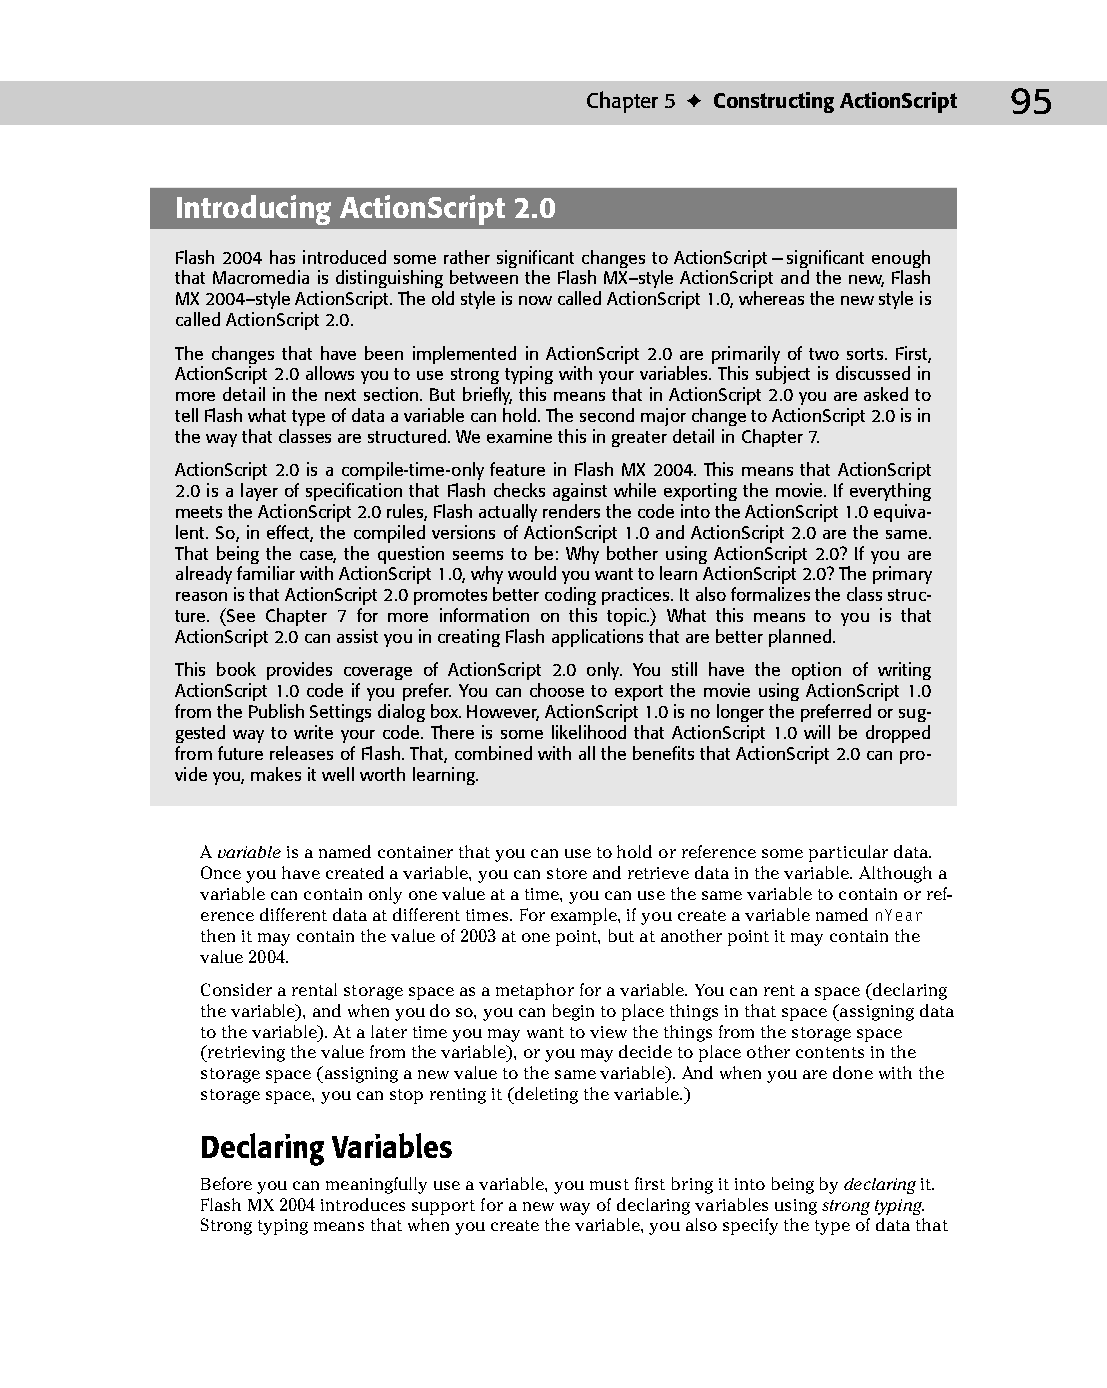
08 543547 ch05.qxd 3/24/04 3:50 PM Page 95
 Chapter 5 ✦ Constructing ActionScript 95
 Introducing ActionScript 2.0
 Flash 2004 has introduced some rather significant changes to ActionScript — significant enough
 that Macromedia is distinguishing between the Flash MX–style ActionScript and the new, Flash
 MX 2004–style ActionScript. The old style is now called ActionScript 1.0, whereas the new style is
 called ActionScript 2.0.
 The changes that have been implemented in ActionScript 2.0 are primarily of two sorts. First,
 ActionScript 2.0 allows you to use strong typing with your variables. This subject is discussed in
 more detail in the next section. But briefly, this means that in ActionScript 2.0 you are asked to
 tell Flash what type of data a variable can hold. The second major change to ActionScript 2.0 is in
 the way that classes are structured. We examine this in greater detail in Chapter 7.
 ActionScript 2.0 is a compile-time-only feature in Flash MX 2004. This means that ActionScript
 2.0 is a layer of specification that Flash checks against while exporting the movie. If everything
 meets the ActionScript 2.0 rules, Flash actually renders the code into the ActionScript 1.0 equiva­
 lent. So, in effect, the compiled versions of ActionScript 1.0 and ActionScript 2.0 are the same.
 That being the case, the question seems to be: Why bother using ActionScript 2.0? If you are
 already familiar with ActionScript 1.0, why would you want to learn ActionScript 2.0? The primary
 reason is that ActionScript 2.0 promotes better coding practices. It also formalizes the class struc­
 ture. (See Chapter 7 for more information on this topic.) What this means to you is that
 ActionScript 2.0 can assist you in creating Flash applications that are better planned.
 This book provides coverage of ActionScript 2.0 only. You still have the option of writing
 ActionScript 1.0 code if you prefer. You can choose to export the movie using ActionScript 1.0
 from the Publish Settings dialog box. However, ActionScript 1.0 is no longer the preferred or sug­
 gested way to write your code. There is some likelihood that ActionScript 1.0 will be dropped
 from future releases of Flash. That, combined with all the benefits that ActionScript 2.0 can pro­
 vide you, makes it well worth learning.
 A variable is a named container that you can use to hold or reference some particular data.
 Once you have created a variable, you can store and retrieve data in the variable. Although a
 variable can contain only one value at a time, you can use the same variable to contain or ref­
 erence different data at different times. For example, if you create a variable named nYear
 then it may contain the value of 2003 at one point, but at another point it may contain the
 value 2004.
 Consider a rental storage space as a metaphor for a variable. You can rent a space (declaring
 the variable), and when you do so, you can begin to place things in that space (assigning data
 to the variable). At a later time you may want to view the things from the storage space
 (retrieving the value from the variable), or you may decide to place other contents in the
 storage space (assigning a new value to the same variable). And when you are done with the
 storage space, you can stop renting it (deleting the variable.)
 Declaring Variables
 Before you can meaningfully use a variable, you must first bring it into being by declaring it.
 Flash MX 2004 introduces support for a new way of declaring variables using strong typing.
 Strong typing means that when you create the variable, you also specify the type of data that